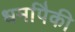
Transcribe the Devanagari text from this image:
धर्मापैकी